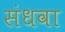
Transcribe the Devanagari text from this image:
संधवा